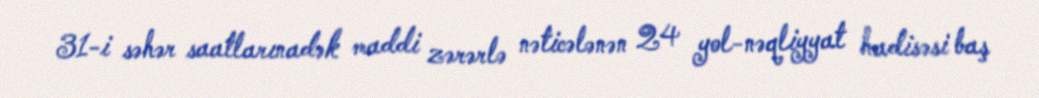
31-i səhər saatlarınadək maddi zərərlə nəticələnən 24 yol-nəqliyyat hadisəsi baş